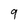
Character: 9